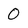
Character: O